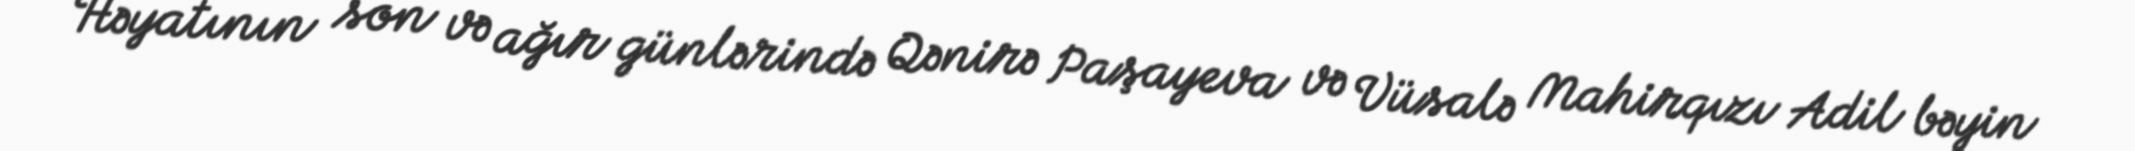
Həyatının son və ağır günlərində Qənirə Paşayeva və Vüsalə Mahirqızı Adil bəyin